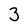
Character: 3